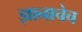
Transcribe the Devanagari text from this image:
ज्ञानाचेच